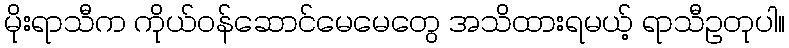
မိုးရာသီက ကိုယ်ဝန်ဆောင်မေမေတွေ အသိထားရမယ့် ရာသီဥတုပါ။